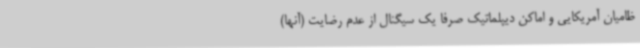
ظامیان آمریکایی و اماکن دیپلماتیک صرفاً یک سیگنال از عدم رضایت (آنها)